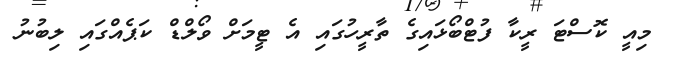
މިއީ ކޮސްޓަ ރީކާ ފުޓްބޯޅައިގެ ތާރީހުގަަައި އެ ޓީމަށް ވޯލްޑް ކަޕެއްގައި ލިބުނު